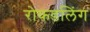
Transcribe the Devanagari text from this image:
रोकडलिंग